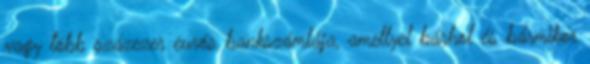
vagy több százezer eurós bankszámlája, amellyel bárhol és bármikor